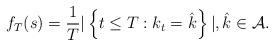
LaTeX: \begin{align*}f_T(s) = \frac{1}{T}\vert \left\{t \leq T:k_{t} = \hat{k}\right\} \vert, \hat{k} \in \mathcal{A}.\end{align*}